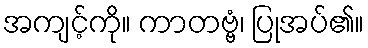
အကျင့်ကို။ ကာတဗ္ဗံ၊ ပြုအပ်၏။